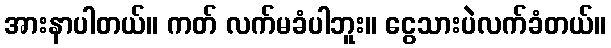
အားနာပါတယ်။ ကတ် လက်မခံပါဘူး။ ငွေသားပဲလက်ခံတယ်။